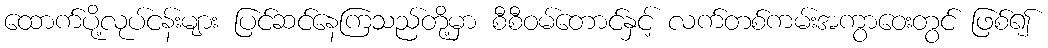
ထောက်ပို့လုပ်ငန်းများ ပြင်ဆင်နေကြသည်တို့မှာ စီစီဝမ်တောင်နှင့် လက်တစ်ကမ်းအကွာဝေးတွင် ဖြစ်၍